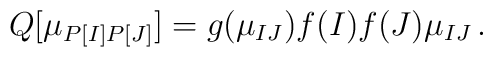
Q[\mu_{P[I]P[J]}]=g(\mu_{IJ})f(I)f(J)\mu_{IJ}\,.